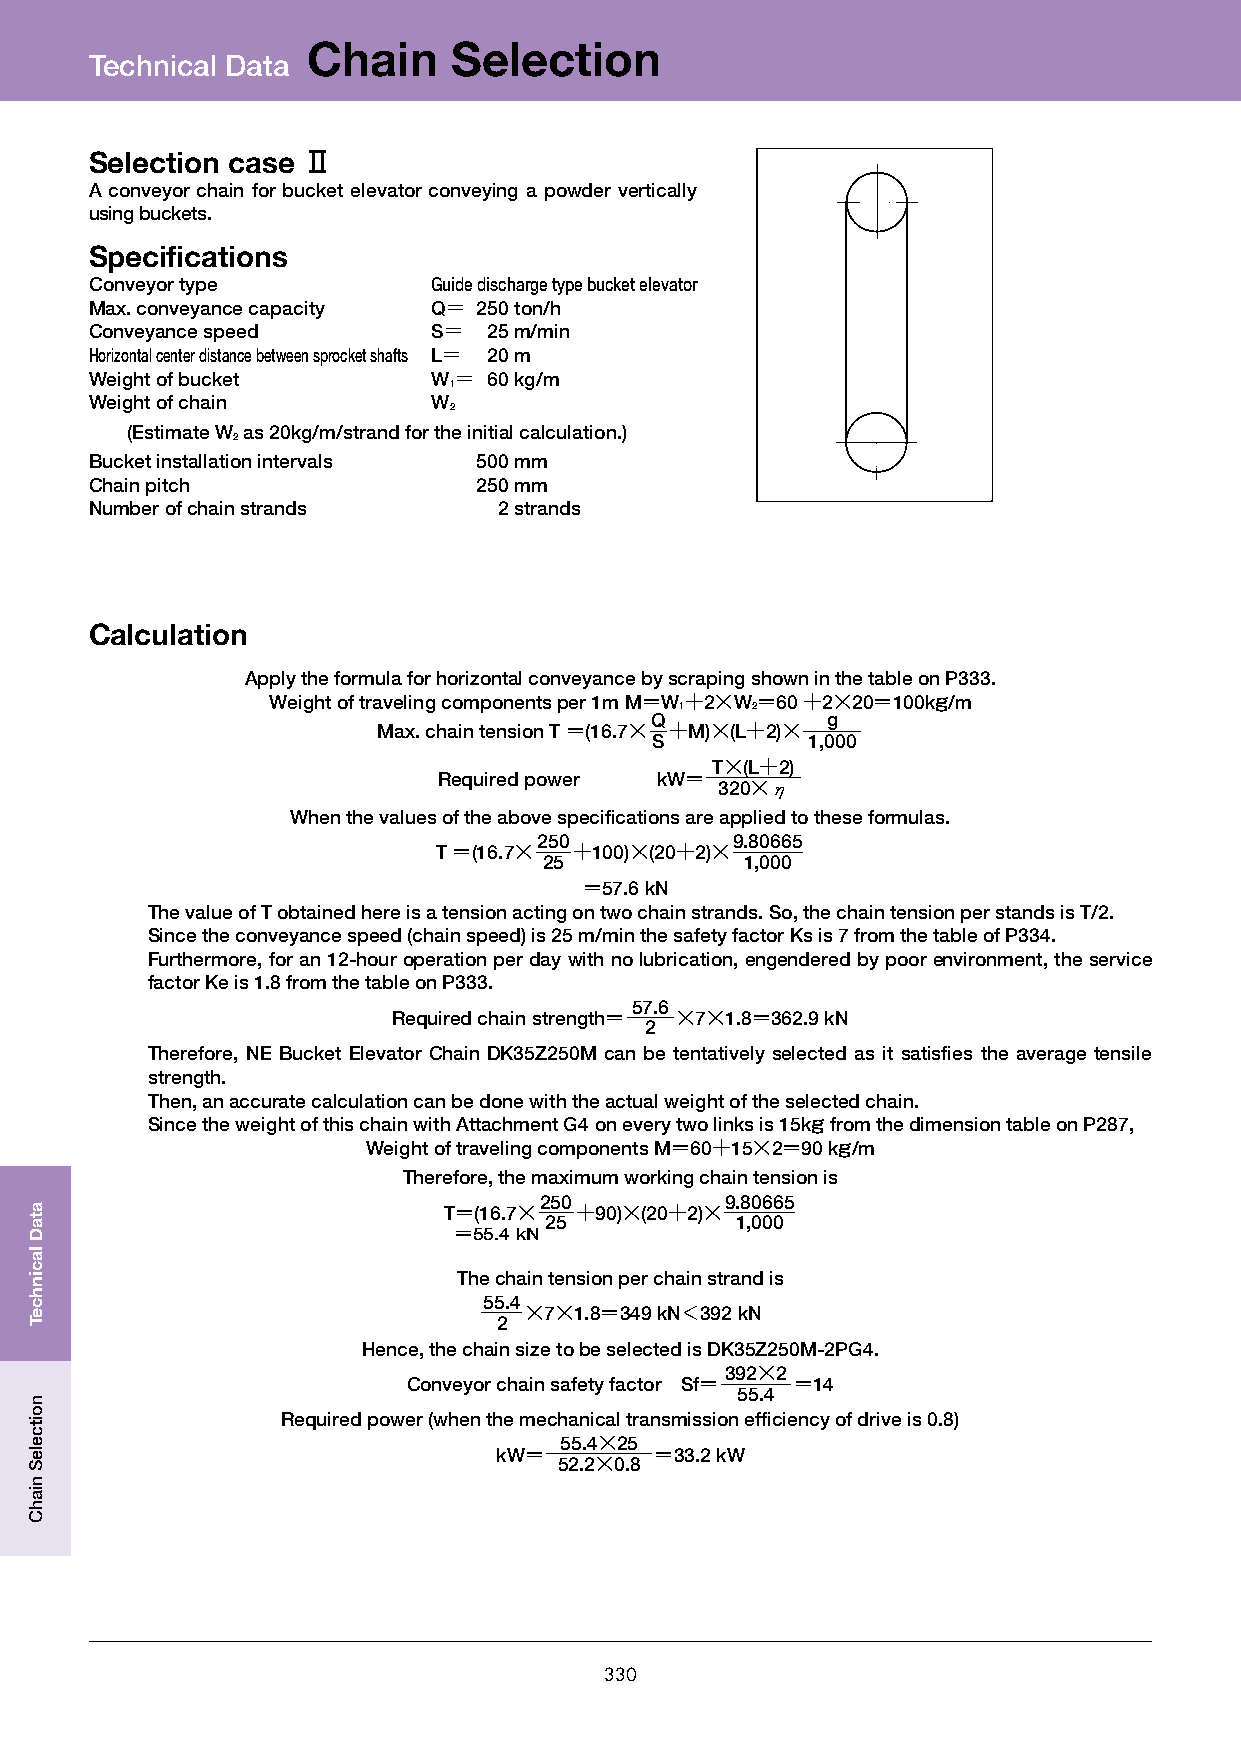
Chain     Selection
 Technical Data
 Selection case @
 A conveyor chain for bucket elevator conveying a powder vertically
 using buckets.
 Specifications
 Conveyor type          Guide discharge type bucket elevator
 Max. conveyance capacity Q＝ 250 ton/h
 Conveyance speed       S＝ 25 m/min
 Horizontal center distance between sprocket shafts L＝ 20 m
 Weight of bucket       W＝ 60 kg/m
 1
 Weight of chain        W
 2
 (Estimate W as 20kg/m/strand for the initial calculation.)
 2
 Bucket installation intervals 500 mm
 Chain pitch               250 mm
 Number of chain strands    2 strands
 Calculation
 Apply the formula for horizontal conveyance by scraping shown in the table on P333.
 Weight of traveling components per 1m M＝W＋2×W＝60 ＋2×20＝100kg/m
 1    2
 Q           g
 Max. chain tension T ＝(16.7× ＋M)×(L＋2)×
 S         1,000
 T×(L＋2)
 Required power kW＝
 320×η
 When the values of the above specifications are applied to these formulas.
 250         9.80665
 T ＝(16.7× ＋100)×(20＋2)×
 25           1,000
 ＝57.6 kN
 The value of T obtained here is a tension acting on two chain strands. So, the chain tension per stands is T/2.
 Since the conveyance speed (chain speed) is 25 m/min the safety factor Ks is 7 from the table of P334.
 Furthermore, for an 12-hour operation per day with no lubrication, engendered by poor environment, the service
 factor Ke is 1.8 from the table on P333.
 57.6
 Required chain strength＝ ×7×1.8＝362.9 kN
 2
 Therefore, NE Bucket Elevator Chain DK35Z250M can be tentatively selected as it satisfies the average tensile
 strength.
 Then, an accurate calculation can be done with the actual weight of the selected chain.
 Since the weight of this chain with Attachment G4 on every two links is 15kg from the dimension table on P287,
 Weight of traveling components M＝60＋15×2＝90 kg/m
 Therefore, the maximum working chain tension is
 250         9.80665
 T＝(16.7× ＋90)×(20＋2)×
 25           1,000
 ＝55.4 kN
 The chain tension per chain strand is
 55.4
 ×7×1.8＝349 kN＜392 kN
 2
 Hence, the chain size to be selected is DK35Z250M-2PG4.
 392×2
 Conveyor chain safety factor Sf＝ ＝14
 55.4
 Required power (when the mechanical transmission efficiency of drive is 0.8)
 55.4×25
 kW＝       ＝33.2 kW
 52.2×0.8
 330
 ataD
 lacinhceT
 noitceleS
 niahC